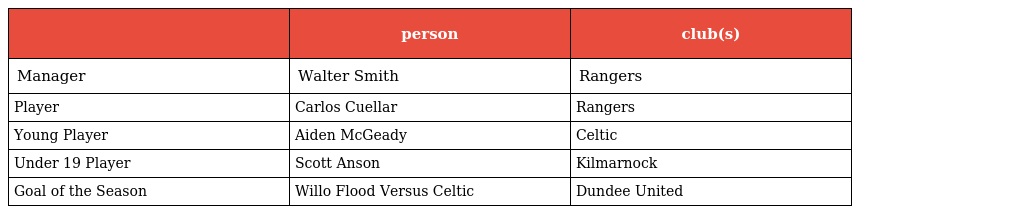
|  | person | club(s) |
 | --- | --- | --- |
 | Manager | Walter Smith | Rangers |
 | Player | Carlos Cuellar | Rangers |
 | Young Player | Aiden McGeady | Celtic |
 | Under 19 Player | Scott Anson | Kilmarnock |
 | Goal of the Season | Willo Flood Versus Celtic | Dundee United |